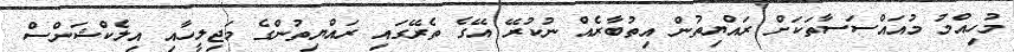
މުހިއްމު މުއައްސަސާތަކަށް ރައްޔިތުން އިތުބާރެއް ނުކުރޭ އޭގެ ތެރޭގައި ރައްޔިތުންގެ މަޖިލީހާއި އިލެކްޝަންސް